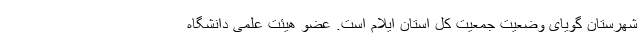
شهرستان گویای وضعیت جمعیت کل استان ایلام است. عضو هیئت علمی دانشگاه